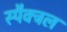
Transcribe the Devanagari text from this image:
स्पैक्ट्रल